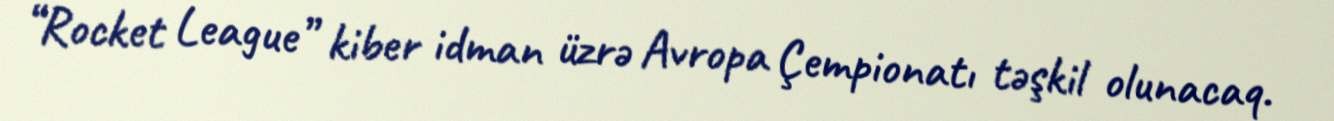
“Rocket League” kiber idman üzrə Avropa Çempionatı təşkil olunacaq.